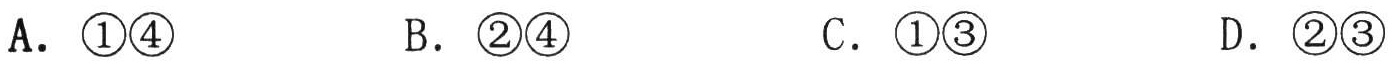
A. \textcircled{1}\textcircled{4}

B. \textcircled{2}\textcircled{4}

C. \textcircled{1}\textcircled{3}

D. \textcircled{2}\textcircled{3}